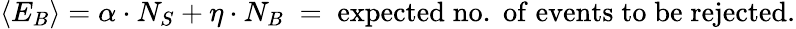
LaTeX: \left<E_{B}\right>=\alpha\cdot N_{S}+\eta\cdot N_{B}\; =\; \mathrm{expected\; no.\; of\; events\; to\; be\; rejected}.